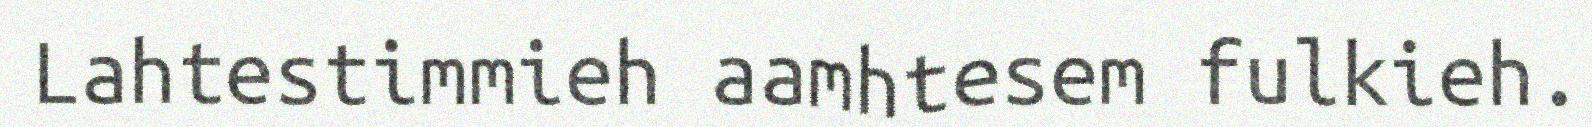
Lahtestimmieh aamhtesem fulkieh.